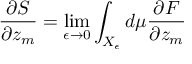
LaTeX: \frac { \partial S } { \partial z _ { m } } = \operatorname * { l i m } _ { \epsilon \rightarrow 0 } \int _ { X _ { \epsilon } } d \mu \frac { \partial F } { \partial z _ { m } }